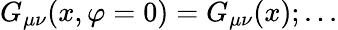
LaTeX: G_{\mu\nu}(x,\varphi=0)=G_{\mu\nu}(x);...